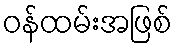
ဝန်ထမ်းအဖြစ်